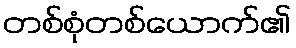
တစ်စုံတစ်ယောက်၏